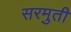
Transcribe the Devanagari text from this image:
सरमुती